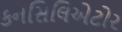
કનસિલિએટોર